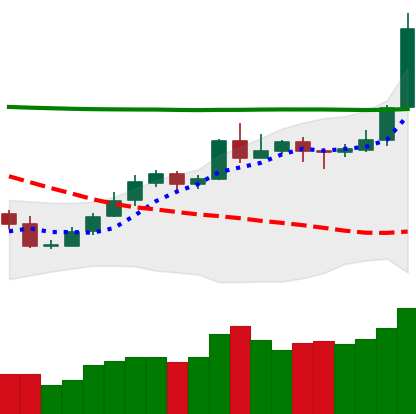
Ticker: NEO-USD
Chart end date: 2020-05-08
Forward return: -9.789%
Label: down_7plus